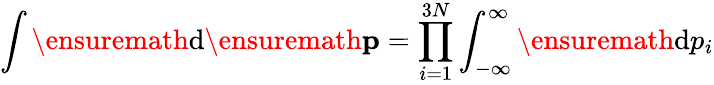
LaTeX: \int\ensuremath{\mathrm{d}}\ensuremath{\mathbf{p}}=\prod_{i=1}^{3N}\int_{-\infty}^{\infty}\ensuremath{\mathrm{d}}p_{i}